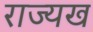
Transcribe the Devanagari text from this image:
राज्यख